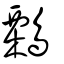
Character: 鷅